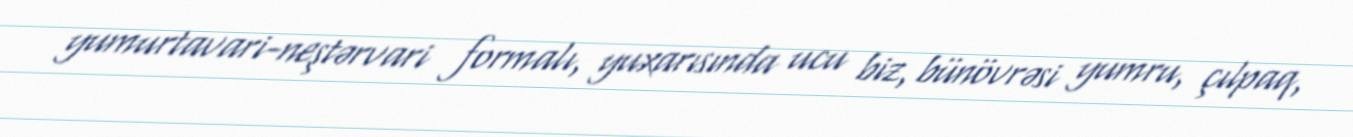
yumurtavari-neştərvari formalı, yuxarısında ucu biz, bünövrəsi yumru, çılpaq,